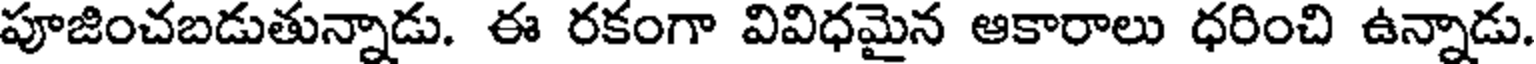
పూజించబడుతున్నాడు. ఈ రకంగా వివిధమైన ఆకారాలు ధరించి ఉన్నాడు.